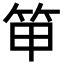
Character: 笚